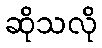
ဆိုသလို